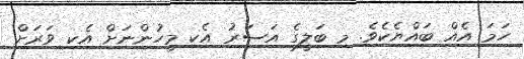
ހަމަ އެއް ބައްޔެކެވެ. މި ބަލީގެ އަސަރު އެކި މީހުންނަށް އެކި ވަރަށް